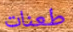
طعنات